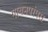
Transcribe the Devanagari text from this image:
गायनपरंपरा